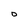
Character: D